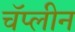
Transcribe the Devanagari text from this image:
चॅप्लीन